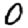
Digit: 0